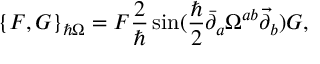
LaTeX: \{ F , G \} _ { \hbar \Omega } = F \frac { 2 } { \hbar } \sin ( \frac { \hbar } { 2 } \bar { \partial } _ { a } \Omega ^ { a b } \vec { \partial } _ { b } ) G ,